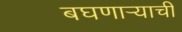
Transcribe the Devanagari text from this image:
बघणार्‍याची